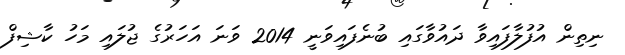
ނިތިން އުފުލާފައިވާ ދައުވާގައި ބުނެފައިވަނީ 2014 ވަނަ އަހަރުގެ ޖުލައި މަހު ކާޝިފް